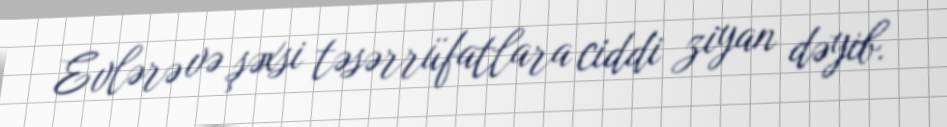
Evlərə və şəxsi təsərrüfatlara ciddi ziyan dəyib.